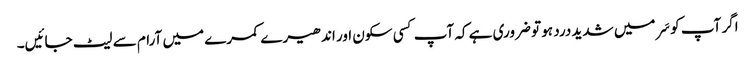
اگر آپ کو سَر میں شدید درد ہو تو ضروری ہے کہ آپ کسی سکون اور اندھیرے کمرے میں آرام سے لیٹ جائیں۔